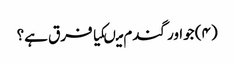
(۴) جواور گندم میںکیا فرق ہے؟